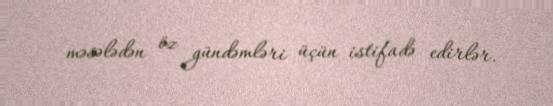
məsələdən öz gündəmləri üçün istifadə edirlər.